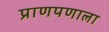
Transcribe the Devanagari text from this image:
प्राणपणाला